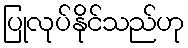
ပြုလုပ်နိုင်သည်ဟု